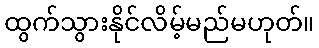
ထွက်သွားနိုင်လိမ့်မည်မဟုတ်။